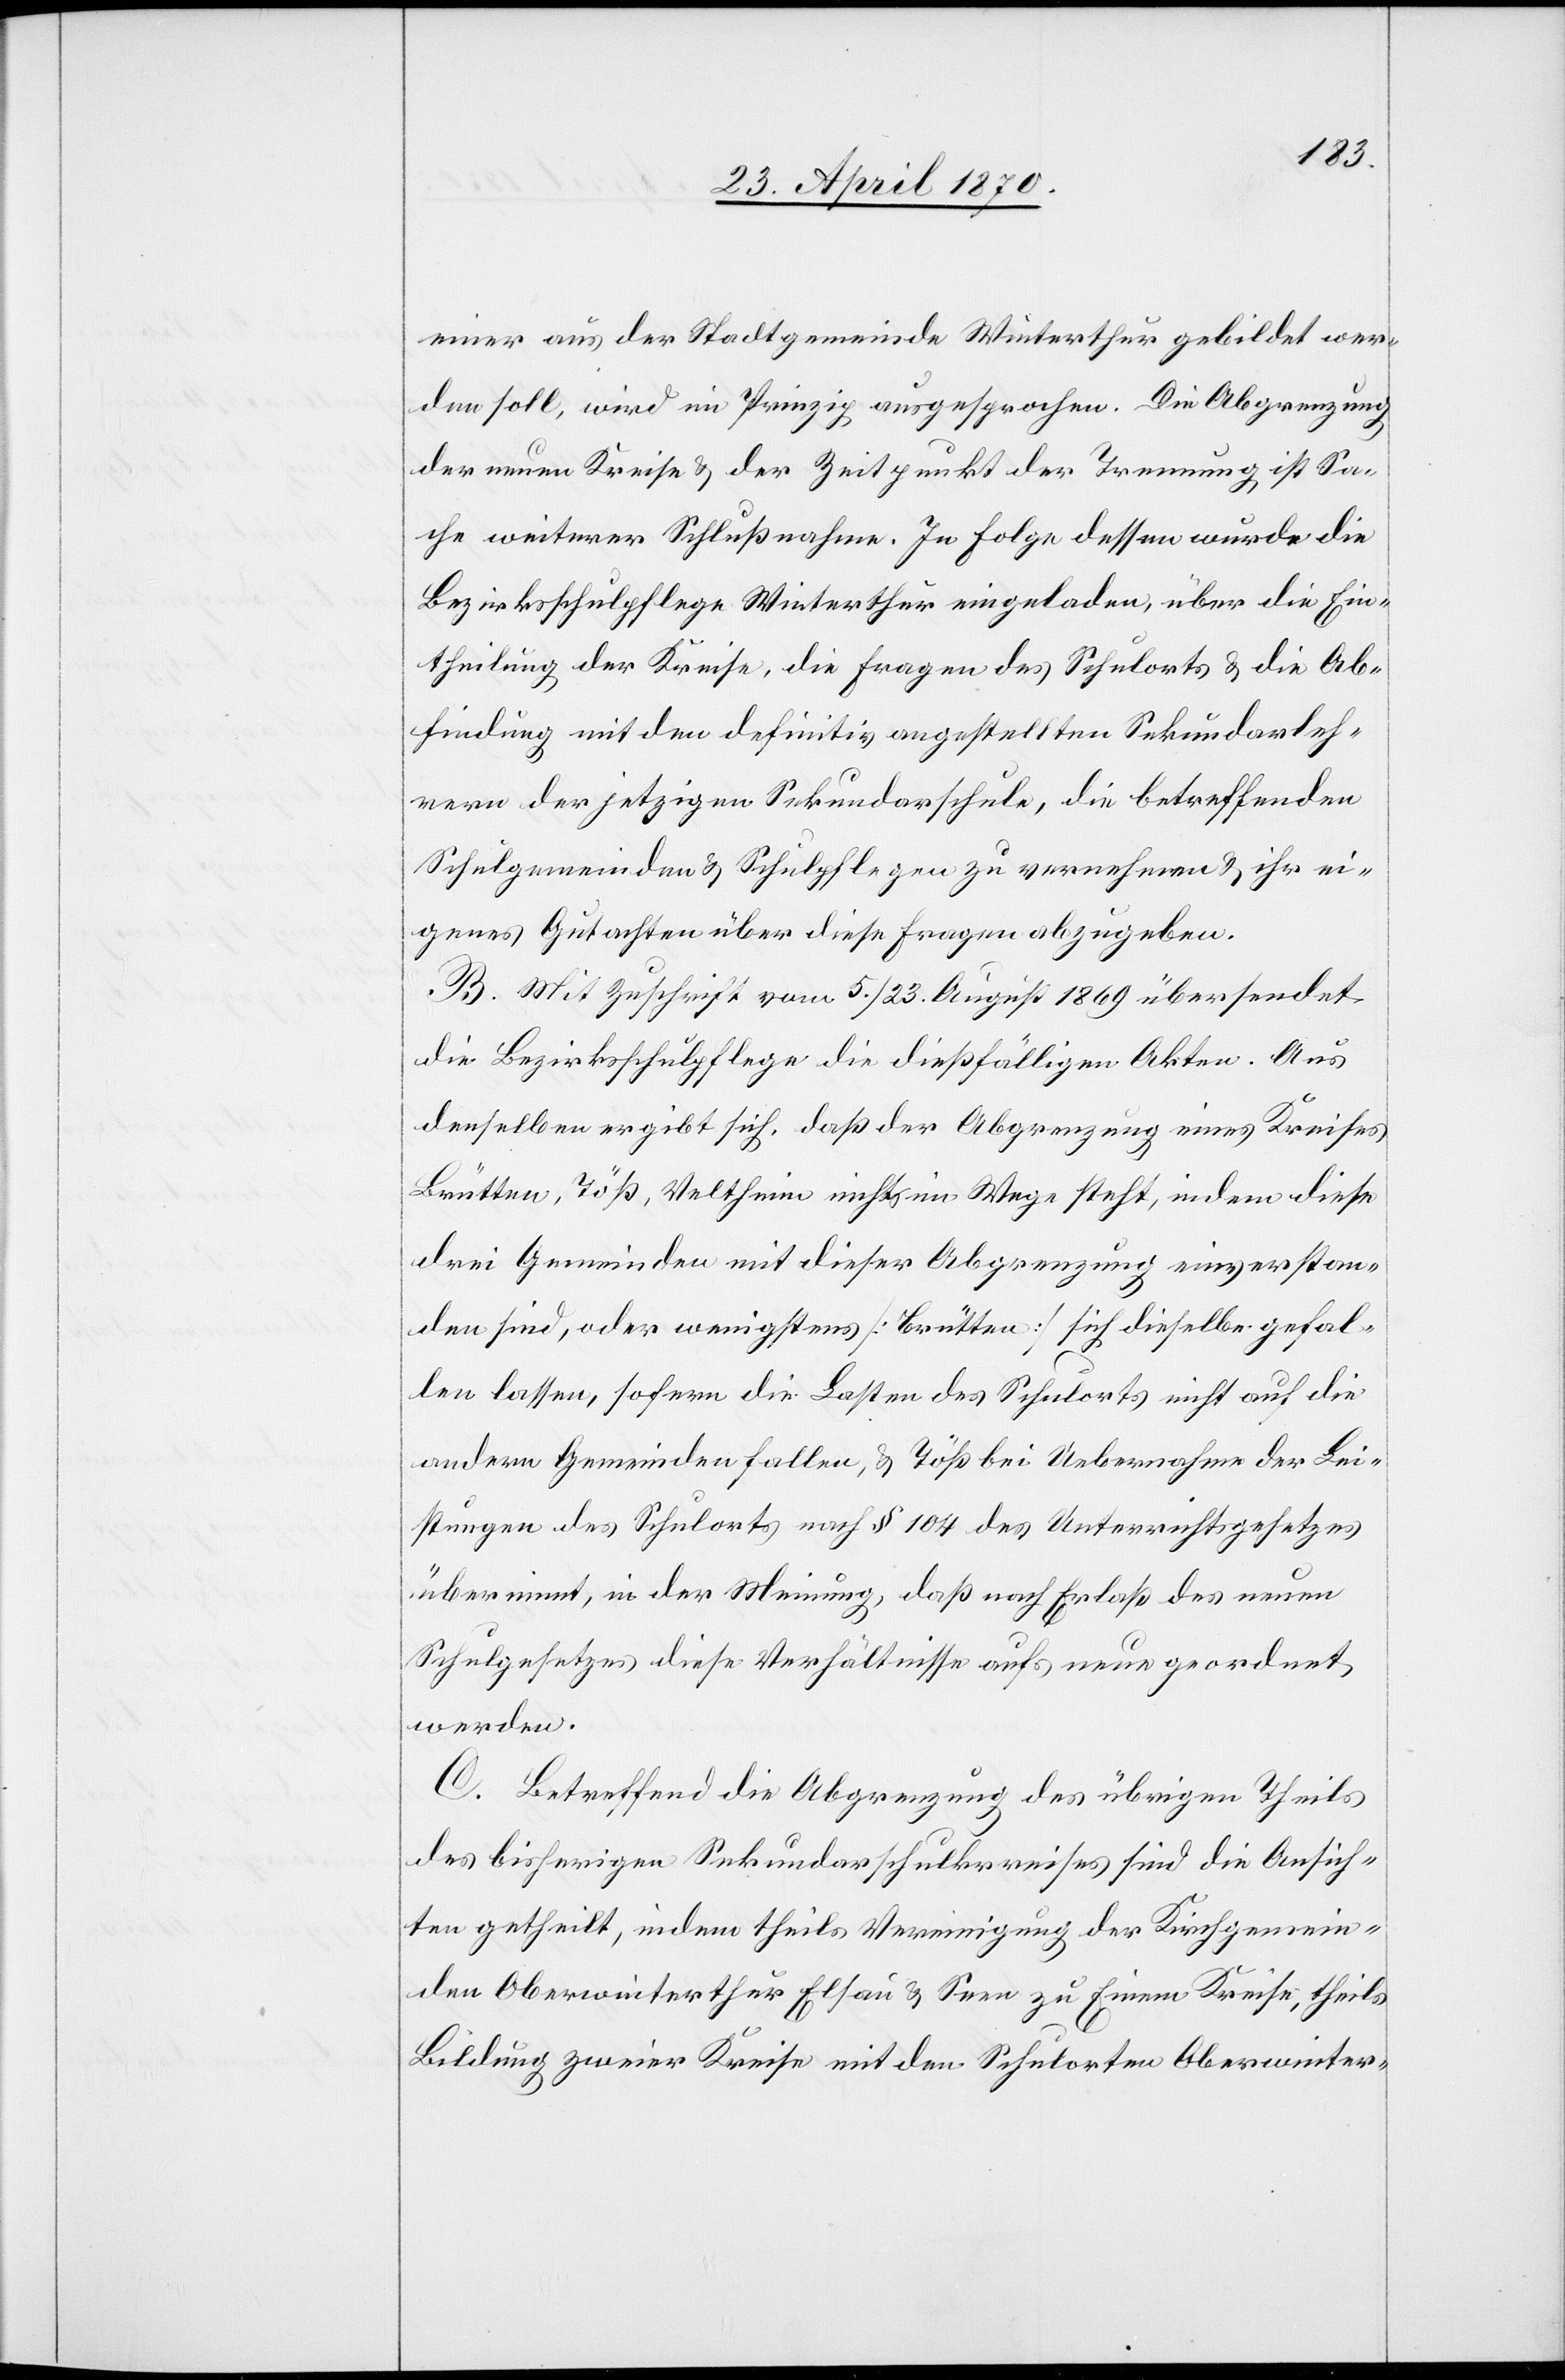
einer aus der Stadtgemeinde Winterthur gebildet wer¬
den soll, wird im Prinzip ausgesprochen. Die Abgrenzung
der neuen Kreise & der Zeitpunkt der Trennung ist Sa¬
che weiterer Schlußnahme. In Folge dessen wurde die
Bezirksschulpflege Winterthur eingeladen, über die Ein¬
theilung der Kreise, die Fragen des Schulorts & die Ab¬
findung mit den definitiv angestellten Sekundarleh¬
rern der jetzigen Sekundarschule, die betreffenden
Schulgemeinden & Schulpflegen zu vernehmen & ihr ei¬
genes Gutachten über diese Fragen abzugeben.
B. Mit Zuschrift vom 5./23. August 1869 übersendet
die Bezirksschulpflege die dießfälligen Akten. Aus
denselben ergibt sich, daß der Abgrenzung eines Kreises
Brütten, Töß, Veltheim nichts im Wege steht, indem diese
drei Gemeinden mit dieser Abgrenzung einverstan¬
den sind, oder wenigstens [Brütten] sich dieselbe gefal¬
len lassen, sofern die Lasten des Schulorts nicht auf die
andern Gemeinden fallen, & Töß bei Uebernahme der Lei¬
stungen des Schulorts nach § 104 des Unterrichtsgesetzes
übernimmt, in der Meinung, daß nach Erlaß des neuen
Schulgesetzes diese Verhältnisse aufs neue geordnet
werden.
C. Betreffend die Abgrenzung des übrigen Theils
des bisherigen Sekundarschulkreises sind die Ansich¬
ten getheilt, indem theils Vereinigung der Kirchgemein¬
den Oberwinterthur[,] Elsau & Seen zu einem Kreise, theils
Bildung zweier Kreise mit den Schulorten Oberwinter-